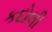
કદોલી